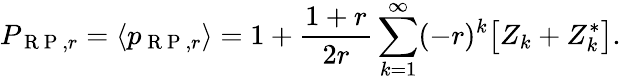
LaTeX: P_{\mathrm{~R~P~},r}=\langle p_{\mathrm{~R~P~},r}\rangle=1+\frac{1+r}{2r}\sum_{k=1}^{\infty}(-r)^{k}\big[Z_{k}+Z_{k}^{\ast}\big].